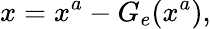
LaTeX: x=x^{a}-G_{e}(x^{a}),